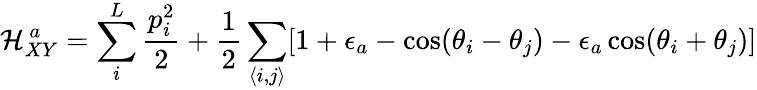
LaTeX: \mathcal{H}_{XY}^{\, a}=\sum_{i}^{L}\frac{p_{i}^{2}}{2}+\frac{1}{2}\sum_{\langle i,j\rangle}[1+\epsilon_{a}-\cos(\theta_{i}-\theta_{j})-\epsilon_{a}\cos(\theta_{i}+\theta_{j})]